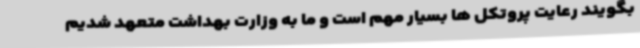
بگویند رعایت پروتکل ها بسیار مهم است و ما به وزارت بهداشت متعهد شدیم